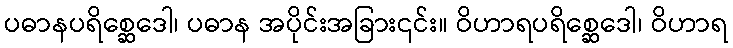
ပဓာနပရိစ္ဆေဒေါ၊ ပဓာန အပိုင်းအခြား၎င်း။ ဝိဟာရပရိစ္ဆေဒေါ၊ ဝိဟာရ